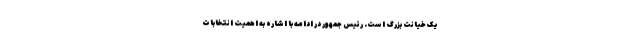
یک خیانت بزرگ است. رئیس جمهور در ادامه با اشاره به اهمیت انتخابات